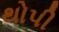
થોપી